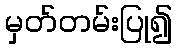
မှတ်တမ်းပြု၍